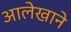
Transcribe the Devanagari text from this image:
आलेखाने